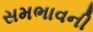
સમભાવની